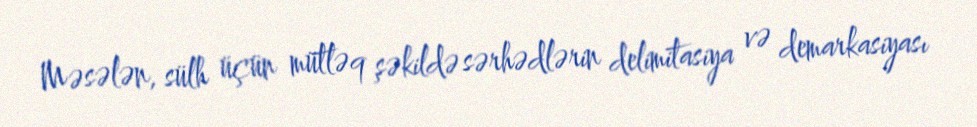
Məsələn, sülh üçün mütləq şəkildə sərhədlərin delimitasiya və demarkasiyası